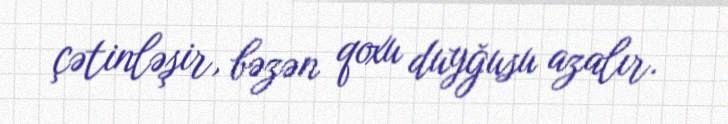
çətinləşir, bəzən qoxu duyğusu azalır.